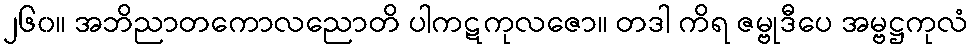
၂၆၀။ အဘိညာတကောလညောတိ ပါကဋကုလဇော။ တဒါ ကိရ ဇမ္ဗုဒီပေ အမ္ဗဋ္ဌကုလံ